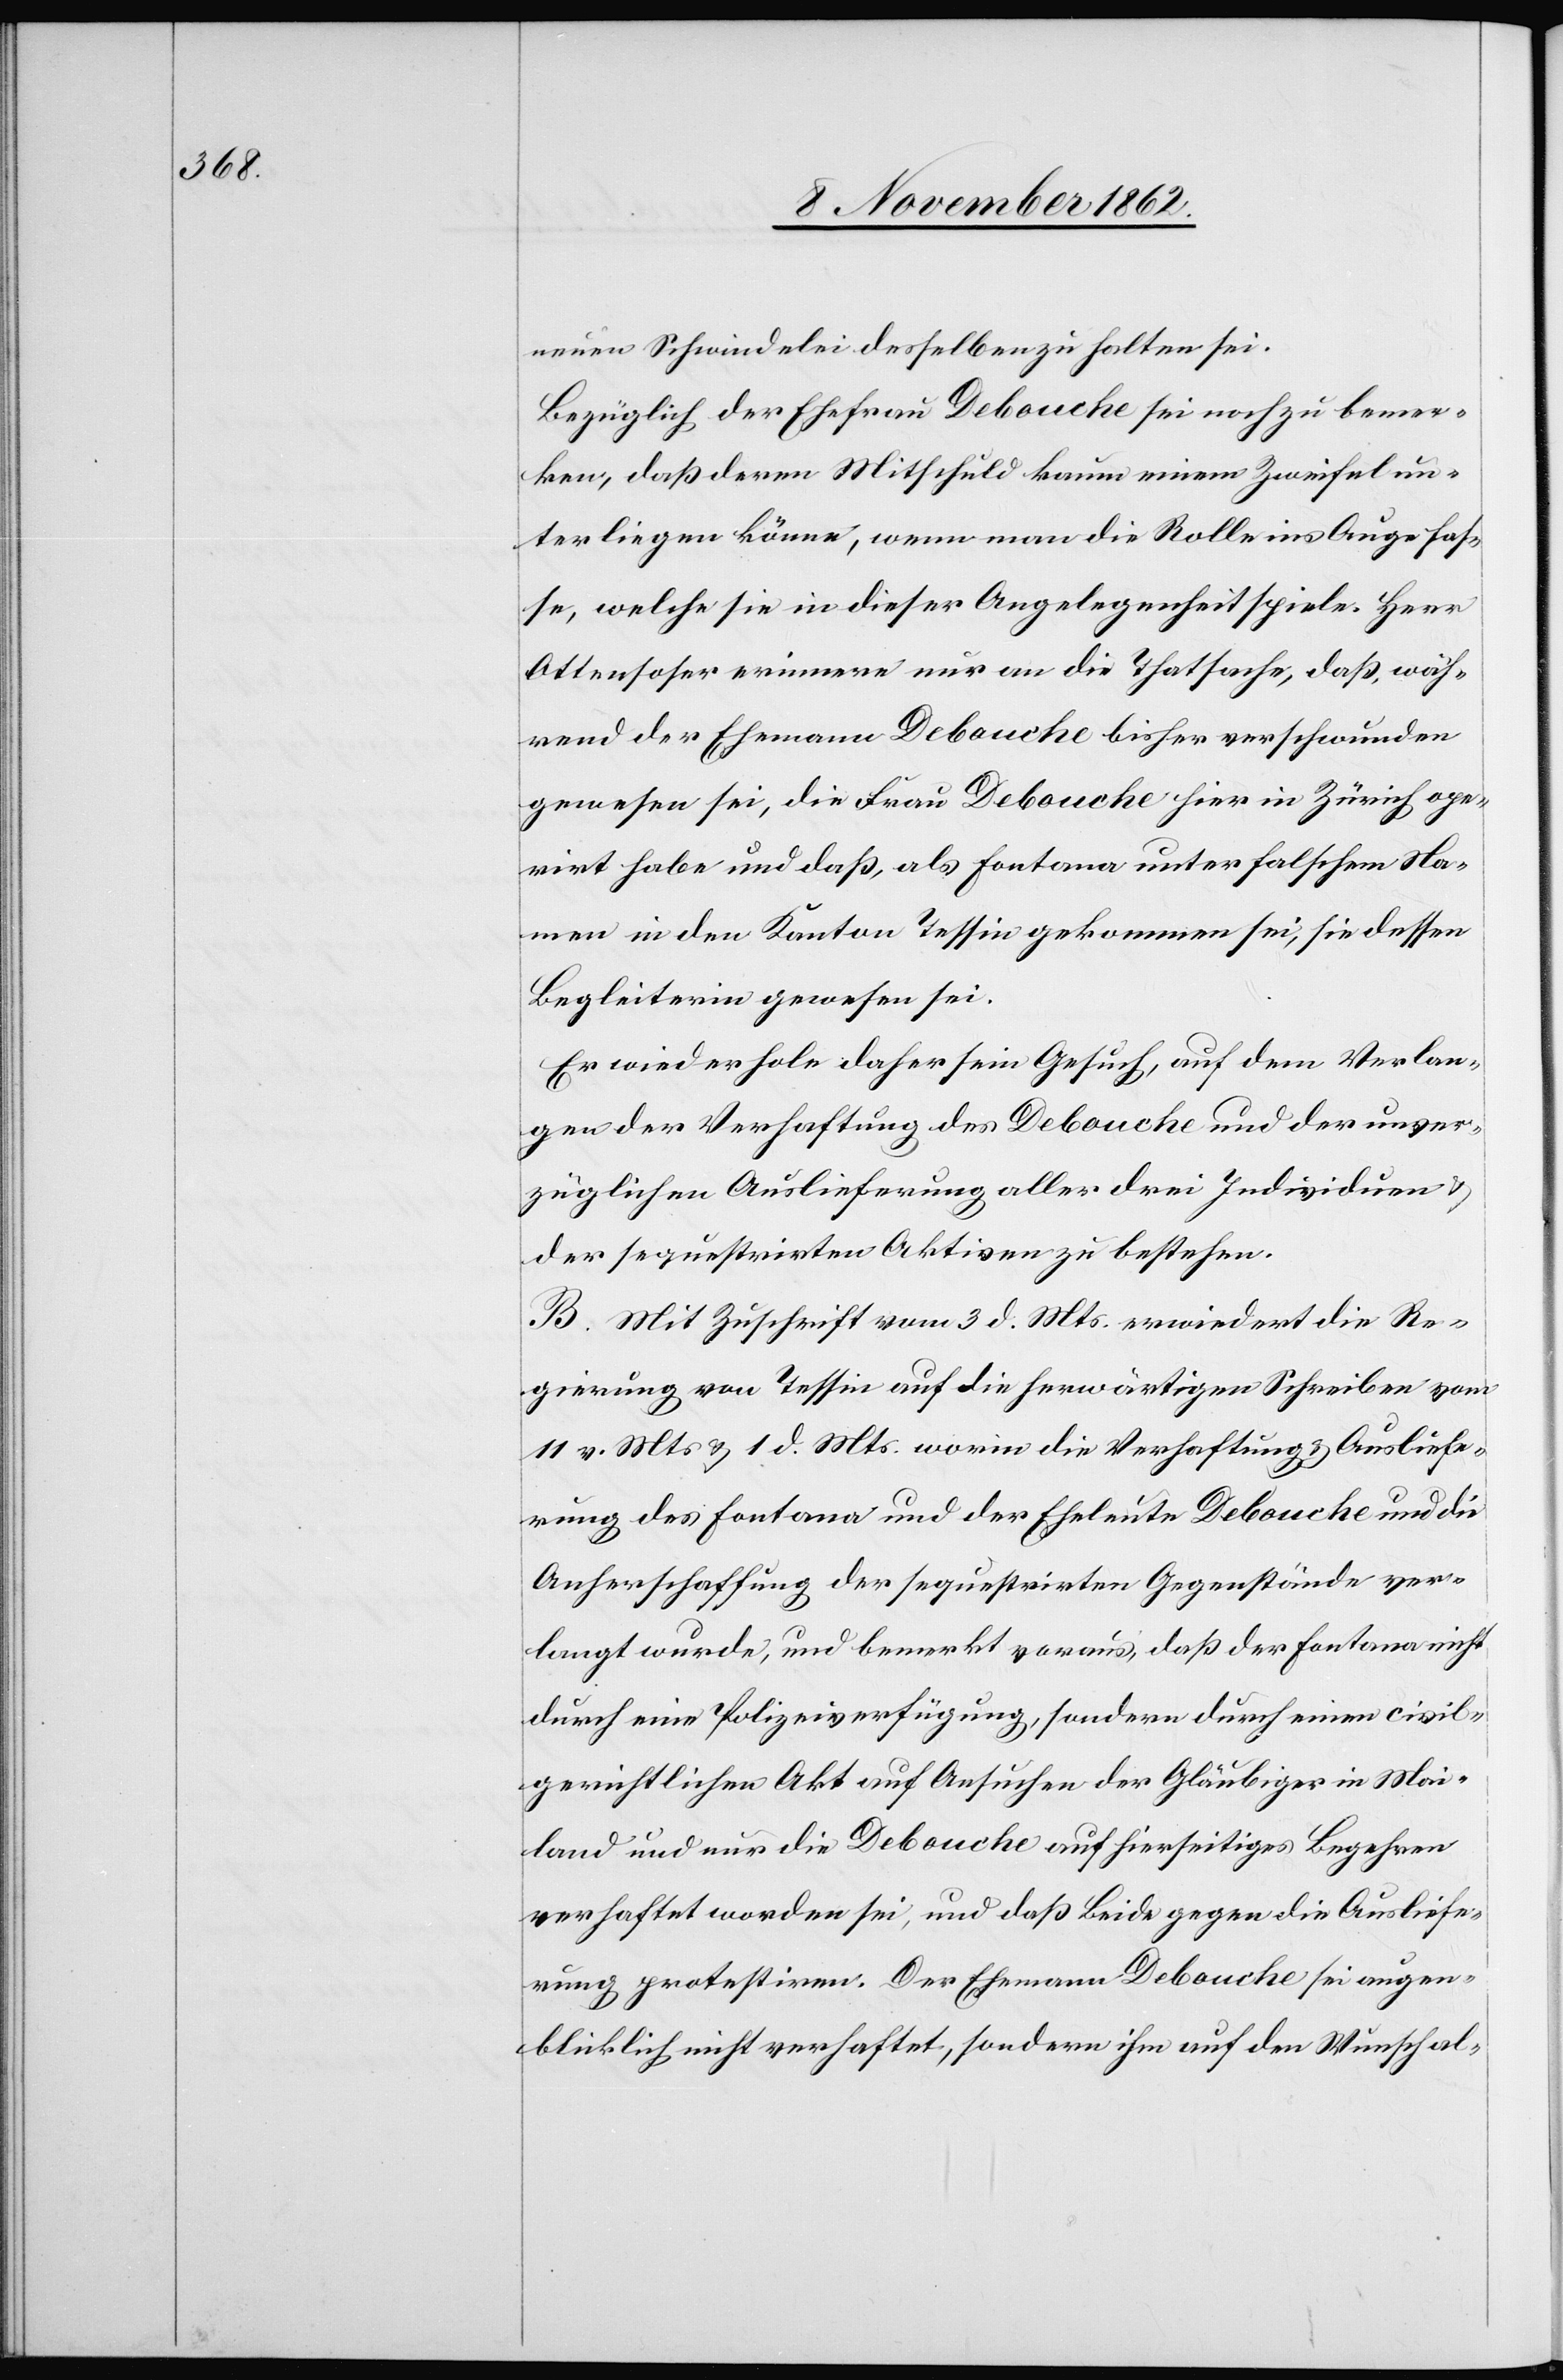
neuen Schwindelei desselben zu halten sei.
Bezüglich der Ehefrau Debouche sei noch zu bemer¬
ken, daß deren Mitschuld kaum einem Zweifel un¬
terliegen könne, wenn man die Rolle ins Auge fas¬
se, welche sie in dieser Angelegenheit spiele. Herr
Ottensoser erinnere nur an die Thatsache, daß, wäh¬
rend der Ehemann Debouche bisher verschwunden
gewesen sei, die Frau Debouche hier in Zürich ope¬
rirt habe und daß, als Fontana unter falschem Na¬
men in den Kanton Tessin gekommen sei, sie dessen
Begleiterin gewesen sei.
Er wiederhole daher sein Gesuch, auf dem Verlan¬
gen der Verhaftung des Debouche und der unver¬
züglichen Auslieferung aller drei Individuen
der sequestrirten Aktiven zu bestehen.
B. Mit Zuschrift vom 3. d. Mts. erwiedert die Re¬
gierung von Tessin auf die herwärtigen Schreiben vom
11. v. Mts. u. 1. d. Mts. worin die Verhaftung u. Ausliefe¬
rung des Fontana und der Eheleute Debouche und die
Anherschaffung der sequestrirten Gegenstände ver¬
langt wurde, und bemerkt voraus, daß der Fontana nicht
durch eine Polizeiverfügung, sondern durch einen civil¬
gerichtlichen Akt auf Ansuchen der Gläubiger in Mai¬
land und nur die Debouche auf hierseitiges Begehren
verhaftet worden sei, und daß Beide gegen die Ausliefe¬
rung protestiren. Der Ehemann Debouche sei augen¬
blicklich nicht verhaftet, sondern ihm auf den Wunsch al-